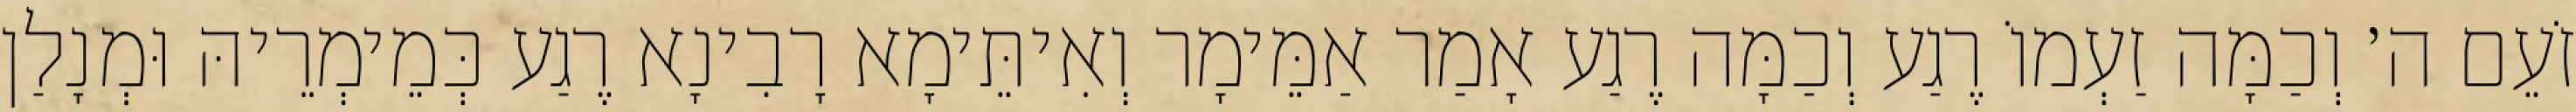
זֹעֵם ה׳ וְכַמָּה זַעְמוֹ רֶגַע וְכַמָּה רֶגַע אָמַר אַמֵּימָר וְאִיתֵּימָא רָבִינָא רֶגַע כְּמֵימְרֵיהּ וּמְנָלַן